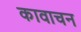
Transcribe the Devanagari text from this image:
कावाचन